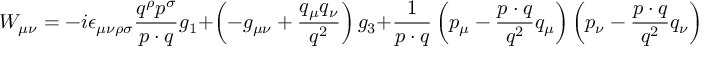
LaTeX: W _ { \mu \nu } = - i \epsilon _ { \mu \nu \rho \sigma } \frac { q ^ { \rho } p ^ { \sigma } } { p \cdot q } g _ { 1 } + \left( - g _ { \mu \nu } + \frac { q _ { \mu } q _ { \nu } } { q ^ { 2 } } \right) g _ { 3 } + \frac { 1 } { p \cdot q } \left( p _ { \mu } - \frac { p \cdot q } { q ^ { 2 } } q _ { \mu } \right) \left( p _ { \nu } - \frac { p \cdot q } { q ^ { 2 } } q _ { \nu } \right) g _ { 4 } \: \: \: ,